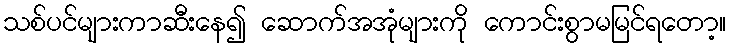
သစ်ပင်များကာဆီးနေ၍ ဆောက်အအုံများကို ကောင်းစွာမမြင်ရတော့။